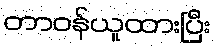
တာဝန်ယူထားပြီး